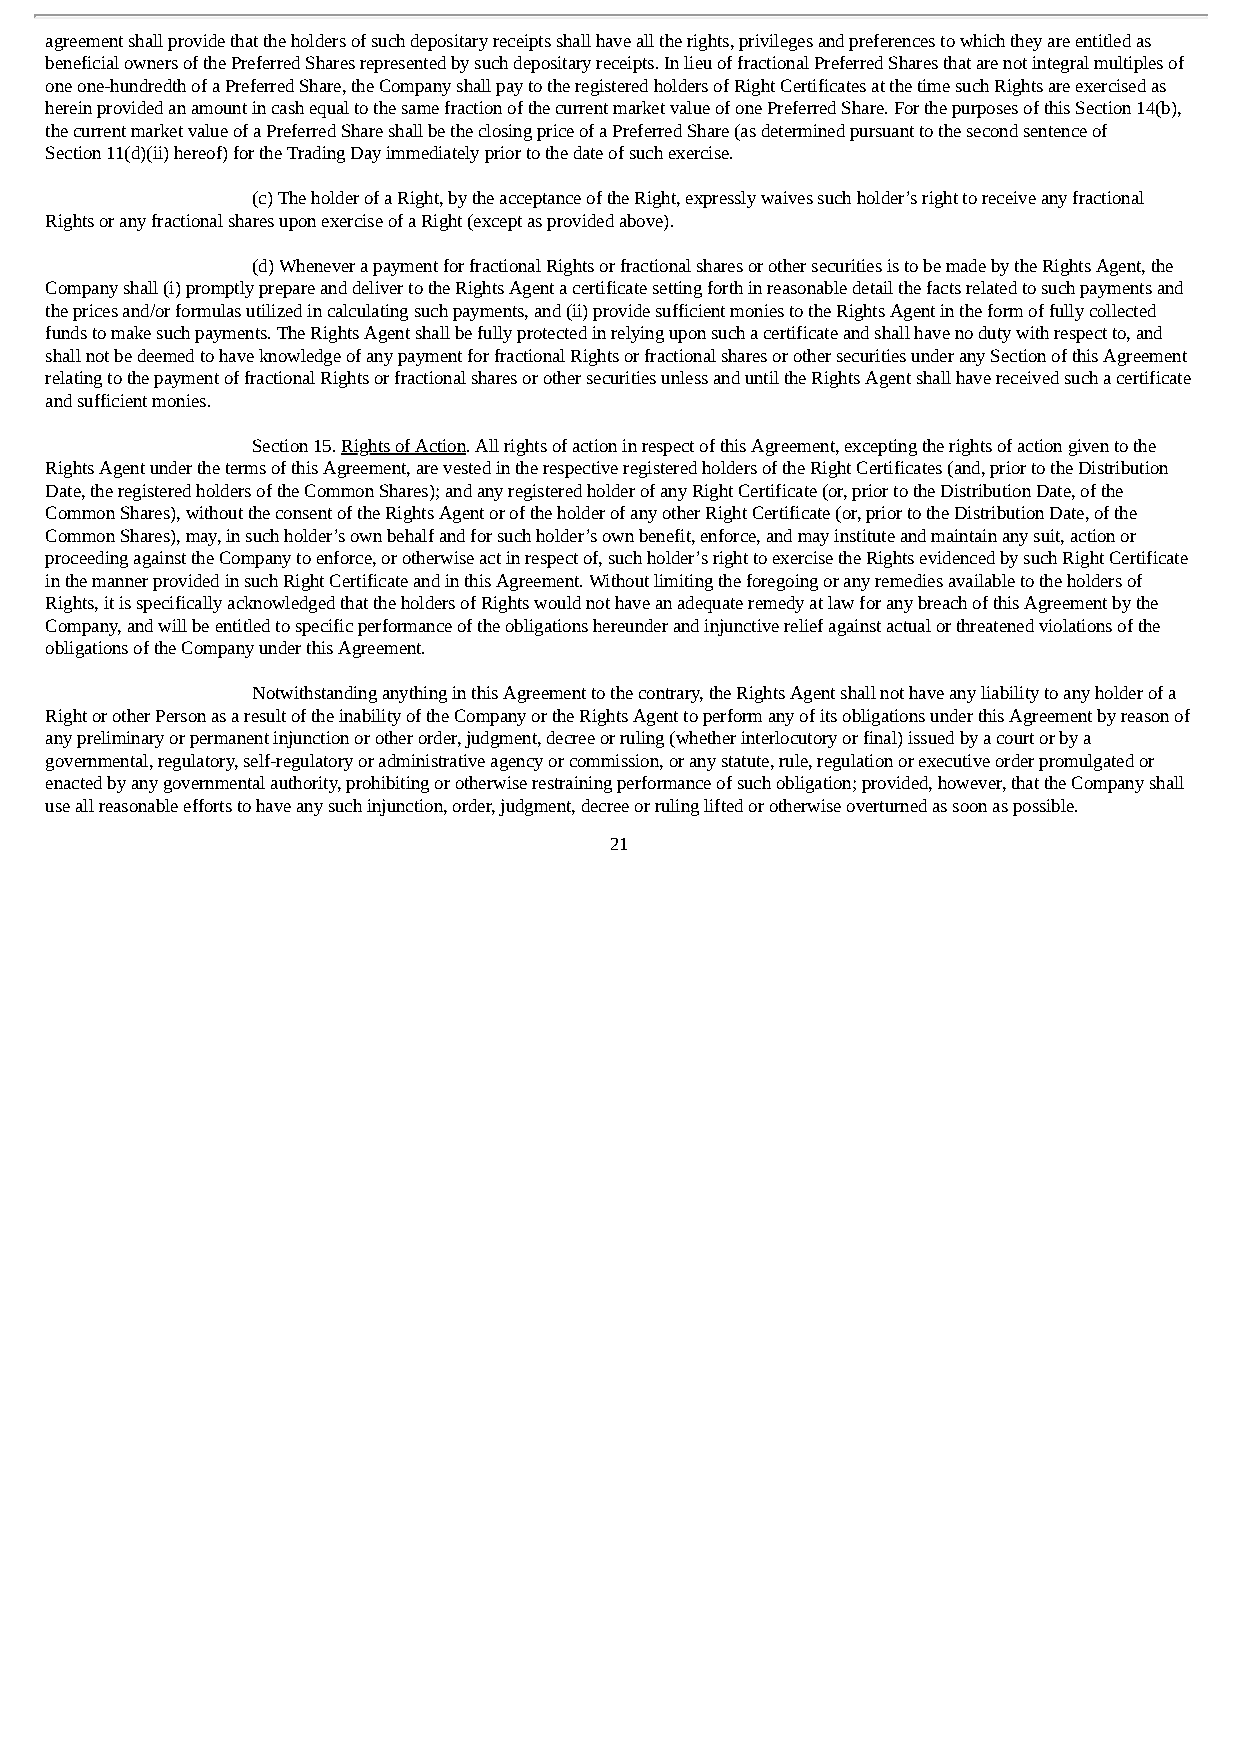
agreement shall provide that the holders of such depositary receipts shall have all the rights, privileges and preferences to which they are entitled as
 beneficial owners of the Preferred Shares represented by such depositary receipts. In lieu of fractional Preferred Shares that are not integral multiples of
 one one-hundredth of a Preferred Share, the Company shall pay to the registered holders of Right Certificates at the time such Rights are exercised as
 herein provided an amount in cash equal to the same fraction of the current market value of one Preferred Share. For the purposes of this Section 14(b),
 the current market value of a Preferred Share shall be the closing price of a Preferred Share (as determined pursuant to the second sentence of
 Section 11(d)(ii) hereof) for the Trading Day immediately prior to the date of such exercise.
 (c) The holder of a Right, by the acceptance of the Right, expressly waives such holder’s right to receive any fractional
 Rights or any fractional shares upon exercise of a Right (except as provided above).
 (d) Whenever a payment for fractional Rights or fractional shares or other securities is to be made by the Rights Agent, the
 Company shall (i) promptly prepare and deliver to the Rights Agent a certificate setting forth in reasonable detail the facts related to such payments and
 the prices and/or formulas utilized in calculating such payments, and (ii) provide sufficient monies to the Rights Agent in the form of fully collected
 funds to make such payments. The Rights Agent shall be fully protected in relying upon such a certificate and shall have no duty with respect to, and
 shall not be deemed to have knowledge of any payment for fractional Rights or fractional shares or other securities under any Section of this Agreement
 relating to the payment of fractional Rights or fractional shares or other securities unless and until the Rights Agent shall have received such a certificate
 and sufficient monies.
 Section 15. Rights of Action. All rights of action in respect of this Agreement, excepting the rights of action given to the
 Rights Agent under the terms of this Agreement, are vested in the respective registered holders of the Right Certificates (and, prior to the Distribution
 Date, the registered holders of the Common Shares); and any registered holder of any Right Certificate (or, prior to the Distribution Date, of the
 Common Shares), without the consent of the Rights Agent or of the holder of any other Right Certificate (or, prior to the Distribution Date, of the
 Common Shares), may, in such holder’s own behalf and for such holder’s own benefit, enforce, and may institute and maintain any suit, action or
 proceeding against the Company to enforce, or otherwise act in respect of, such holder’s right to exercise the Rights evidenced by such Right Certificate
 in the manner provided in such Right Certificate and in this Agreement. Without limiting the foregoing or any remedies available to the holders of
 Rights, it is specifically acknowledged that the holders of Rights would not have an adequate remedy at law for any breach of this Agreement by the
 Company, and will be entitled to specific performance of the obligations hereunder and injunctive relief against actual or threatened violations of the
 obligations of the Company under this Agreement.
 Notwithstanding anything in this Agreement to the contrary, the Rights Agent shall not have any liability to any holder of a
 Right or other Person as a result of the inability of the Company or the Rights Agent to perform any of its obligations under this Agreement by reason of
 any preliminary or permanent injunction or other order, judgment, decree or ruling (whether interlocutory or final) issued by a court or by a
 governmental, regulatory, self-regulatory or administrative agency or commission, or any statute, rule, regulation or executive order promulgated or
 enacted by any governmental authority, prohibiting or otherwise restraining performance of such obligation; provided, however, that the Company shall
 use all reasonable efforts to have any such injunction, order, judgment, decree or ruling lifted or otherwise overturned as soon as possible.
 21